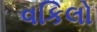
વકિલો